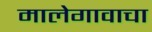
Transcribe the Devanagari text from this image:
मालेगावाचा